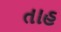
તાહ